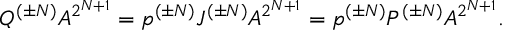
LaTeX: Q ^ { ( \pm N ) } A ^ { 2 ^ { N + 1 } } = p ^ { ( \pm N ) } { \cal J } ^ { ( \pm N ) } A ^ { 2 ^ { N + 1 } } = p ^ { ( \pm N ) } P ^ { ( \pm N ) } A ^ { 2 ^ { N + 1 } } .